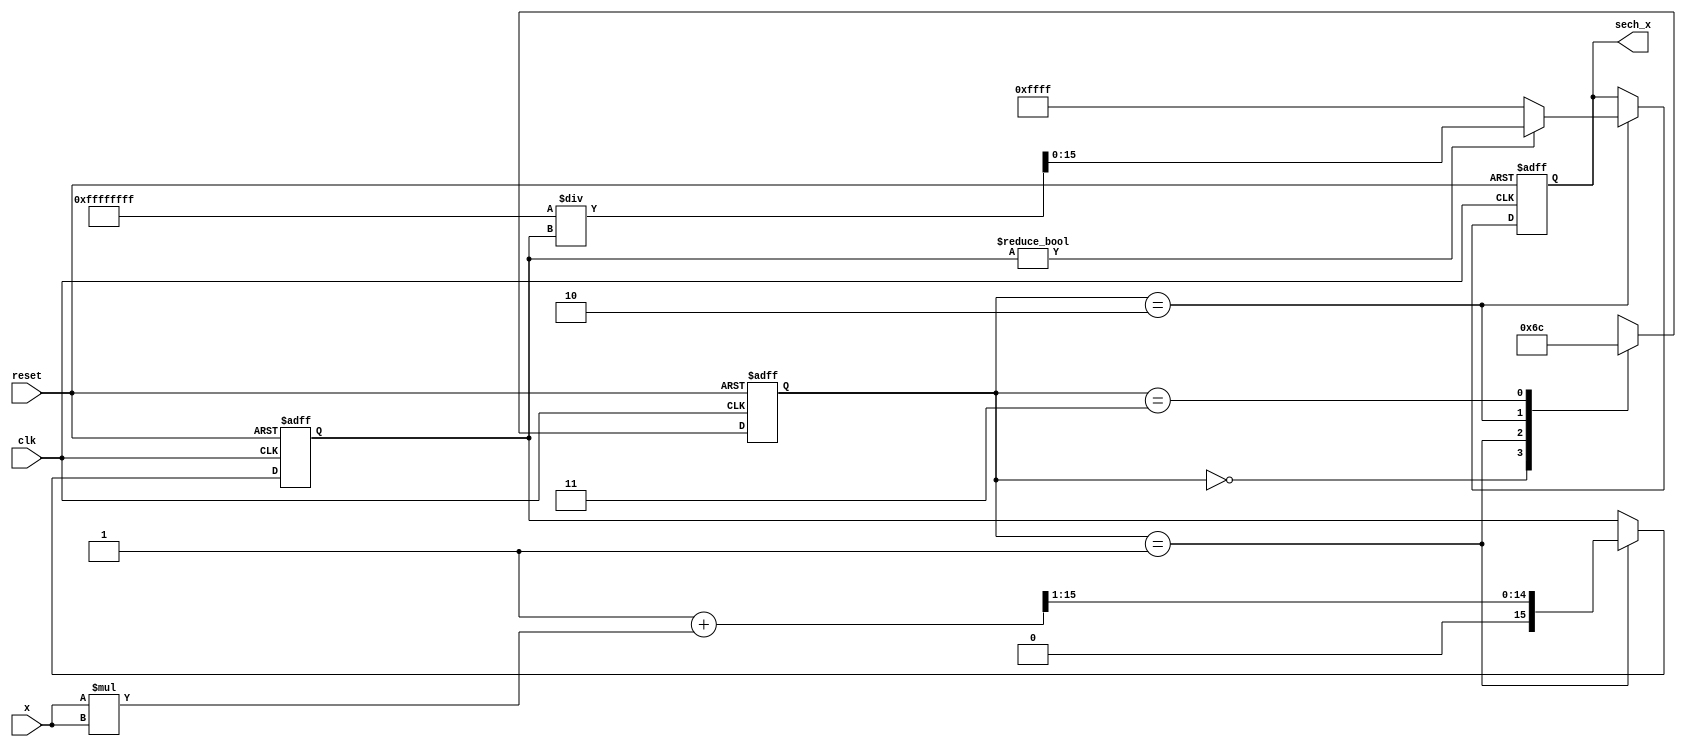
module hyperbolic_secant (
    input  wire [15:0] x,          // Input signal (fixed-point format)
    output reg  [15:0] sech_x,      // Output signal (sech(x))
    input  wire clk,                // Clock signal
    input  wire reset               // Reset signal
);

// Internal signals
reg [15:0] cosh_x;                // Intermediate result for cosh(x)
reg [31:0] reciprocal;             // Intermediate for reciprocal calculation
reg [1:0] state;                  // State variable for control logic

// Parameters (adjust as necessary)
parameter STATE_IDLE = 2'b00;
parameter STATE_COSH = 2'b01;
parameter STATE_RECIPROCAL = 2'b10;
parameter STATE_DONE = 2'b11;

// Compute hyperbolic cosine using Taylor series approximation
always @(posedge clk or posedge reset) begin
    if (reset) begin
        state <= STATE_IDLE;
        sech_x <= 16'b0;
        cosh_x <= 16'b0;
    end else begin
        case (state)
            STATE_IDLE: begin
                // Start computation
                state <= STATE_COSH;
            end
            
            STATE_COSH: begin
                // Compute cosh(x) using Taylor series approximation
                // cosh(x)  1 + x^2/2! + x^4/4! + x^6/6!
                // For simplicity, let's consider up to x^2 term only
                // (Add more terms for better precision)
                cosh_x <= 16'b0000000000000001 + (x * x) >> 1; // 1 + x^2 / 2
                state <= STATE_RECIPROCAL;
            end
            
            STATE_RECIPROCAL: begin
                // Compute reciprocal of cosh(x)
                // Use integer division for fixed-point representation
                if (cosh_x != 0) begin
                    reciprocal = 32'hFFFFFFFF / cosh_x; // 1 / cosh_x
                end else begin
                    reciprocal = 32'hFFFFFFFF; // Handle division by zero
                end
                sech_x <= reciprocal[15:0]; // Store lower 16 bits as output
                state <= STATE_DONE;
            end
            
            STATE_DONE: begin
                // Wait for the next operation
                state <= STATE_IDLE;
            end
            
            default: state <= STATE_IDLE;
        endcase
    end
end

endmodule